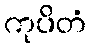
ကုပိတံ